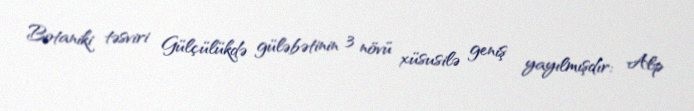
Botaniki təsviri Gülçülükdə güləbətinin 3 növü xüsusilə geniş yayılmışdır: Alp